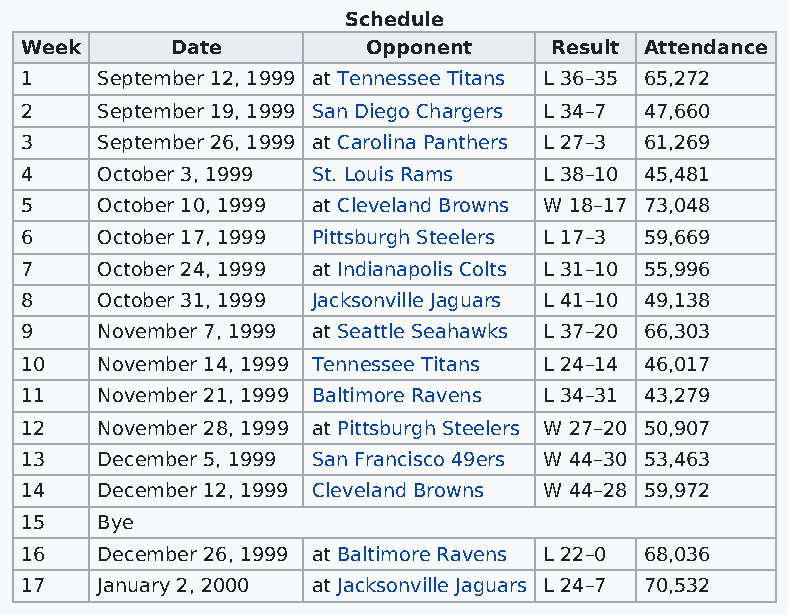
Schedule
 Week      Date         Opponent    Result Attendance
 1    September 12, 1999 at Tennessee Titans L 36–35 65,272
 2    September 19, 1999 San Diego Chargers L 34–7 47,660
 3    September 26, 1999 at Carolina Panthers L 27–3 61,269
 4    October 3, 1999 St. Louis Rams L 38–10 45,481
 5    October 10, 1999 at Cleveland Browns W 18–17 73,048
 6    October 17, 1999 Pittsburgh Steelers L 17–3 59,669
 7    October 24, 1999 at Indianapolis Colts L 31–10 55,996
 8    October 31, 1999 Jacksonville Jaguars L 41–10 49,138
 9    November 7, 1999 at Seattle Seahawks L 37–20 66,303
 10   November 14, 1999 Tennessee Titans L 24–14 46,017
 11   November 21, 1999 Baltimore Ravens L 34–31 43,279
 12   November 28, 1999 at Pittsburgh Steelers W 27–20 50,907
 13   December 5, 1999 San Francisco 49ers W 44–30 53,463
 14   December 12, 1999 Cleveland Browns W 44–28 59,972
 15   Bye
 16   December 26, 1999 at Baltimore Ravens L 22–0 68,036
 17   January 2, 2000 at Jacksonville Jaguars L 24–7 70,532